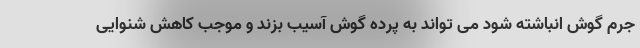
جرم گوش انباشته شود می تواند به پرده گوش آسیب بزند و موجب کاهش شنوایی